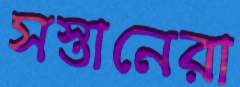
সস্তানেরা